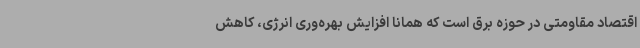
اقتصاد مقاومتی در حوزه برق است که همانا افزایش بهره‌وری انرژی، کاهش